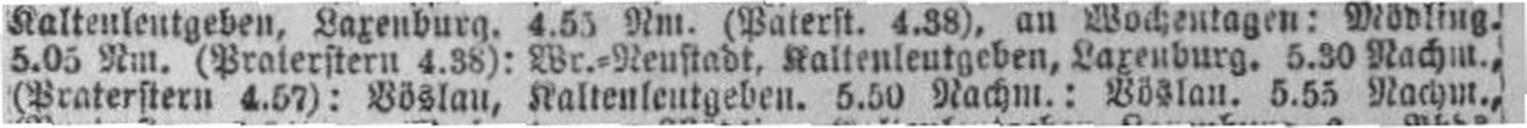
(Praterstern 4.57): Böslau, Kaltenleutgeben. 5.50 Nachm.: Böslau. 5.55 Nachm.,